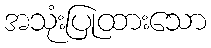
အသုံးပြုထားသော